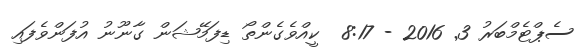
ސެޕްޓެމްބަރު 3